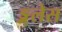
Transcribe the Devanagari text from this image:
ङ्गलेस